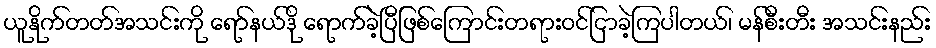
ယူနိုက်တတ်အသင်းကို ရော်နယ်ဒို ရောက်ခဲ့ပြီဖြစ်ကြောင်းတရားဝင်ငြာခဲ့ကြပါတယ်၊ မန်စီးတီး အသင်းနည်း